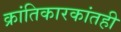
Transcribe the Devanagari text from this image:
क्रांतिकारकांतही